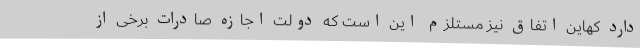
دارد کهاین اتفاق نیز مستلزم این است که دولت اجازه صادرات برخی از